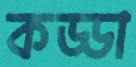
কড্ডা